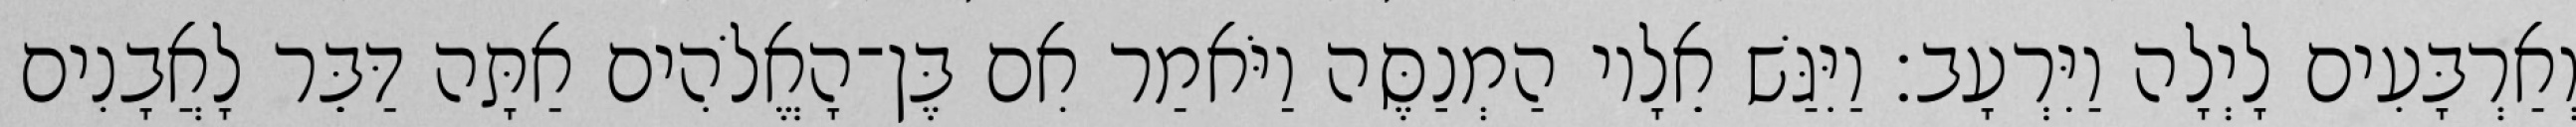
וְאַרְבָּעִים לָיְלָה וַיִּרְעָב׃ וַיִּגַּשׁ אֵלָיו הַמְנַסֶּה וַיֹּאמַר אִם בֶּן־הָאֱלֹהִים אַתָּה דַּבֵּר לָאֲבָנִים